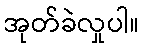
အုတ်ခဲလှုပါ။